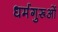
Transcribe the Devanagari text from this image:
धर्मगुरूओं